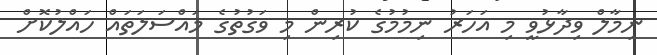
ނިމާލް ވިދާޅުވީ މި އަހަރު ނިމުމުގެ ކުރިން މި ވަގުތުގެ މައްސަލަތައް ހައްލުކޮށް